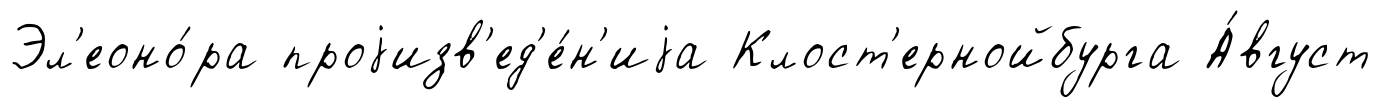
Эл'еоно́ра проjизв'ед'е́н'иjа Клост'ернойбурга А́вгуст